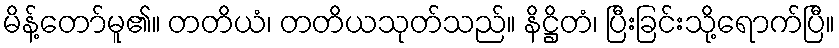
မိန့်တော်မူ၏။ တတိယံ၊ တတိယသုတ်သည်။ နိဋ္ဌိတံ၊ ပြီးခြင်းသို့ရောက်ပြီ။